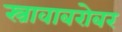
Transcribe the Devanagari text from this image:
स्त्रावाबरोबर